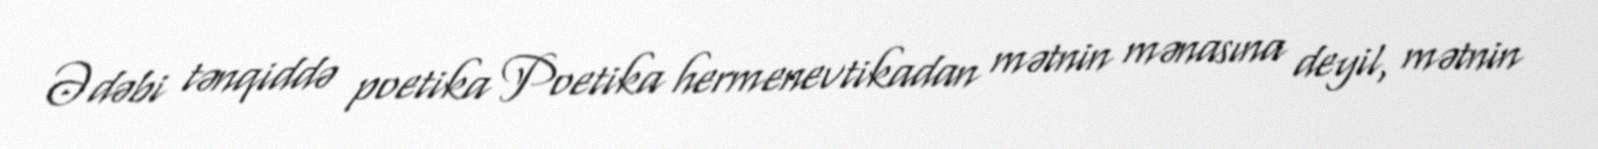
Ədəbi tənqiddə poetika Poetika hermenevtikadan mətnin mənasına deyil, mətnin